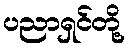
ပညာရှင်တို့